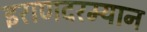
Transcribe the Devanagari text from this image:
इराणदरम्यान